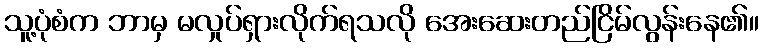
သူ့ပုံစံက ဘာမှ မလှုပ်ရှားလိုက်ရသလို အေးဆေးတည်ငြိမ်လွန်းနေ၏။